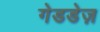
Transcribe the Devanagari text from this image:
गेडडेज़